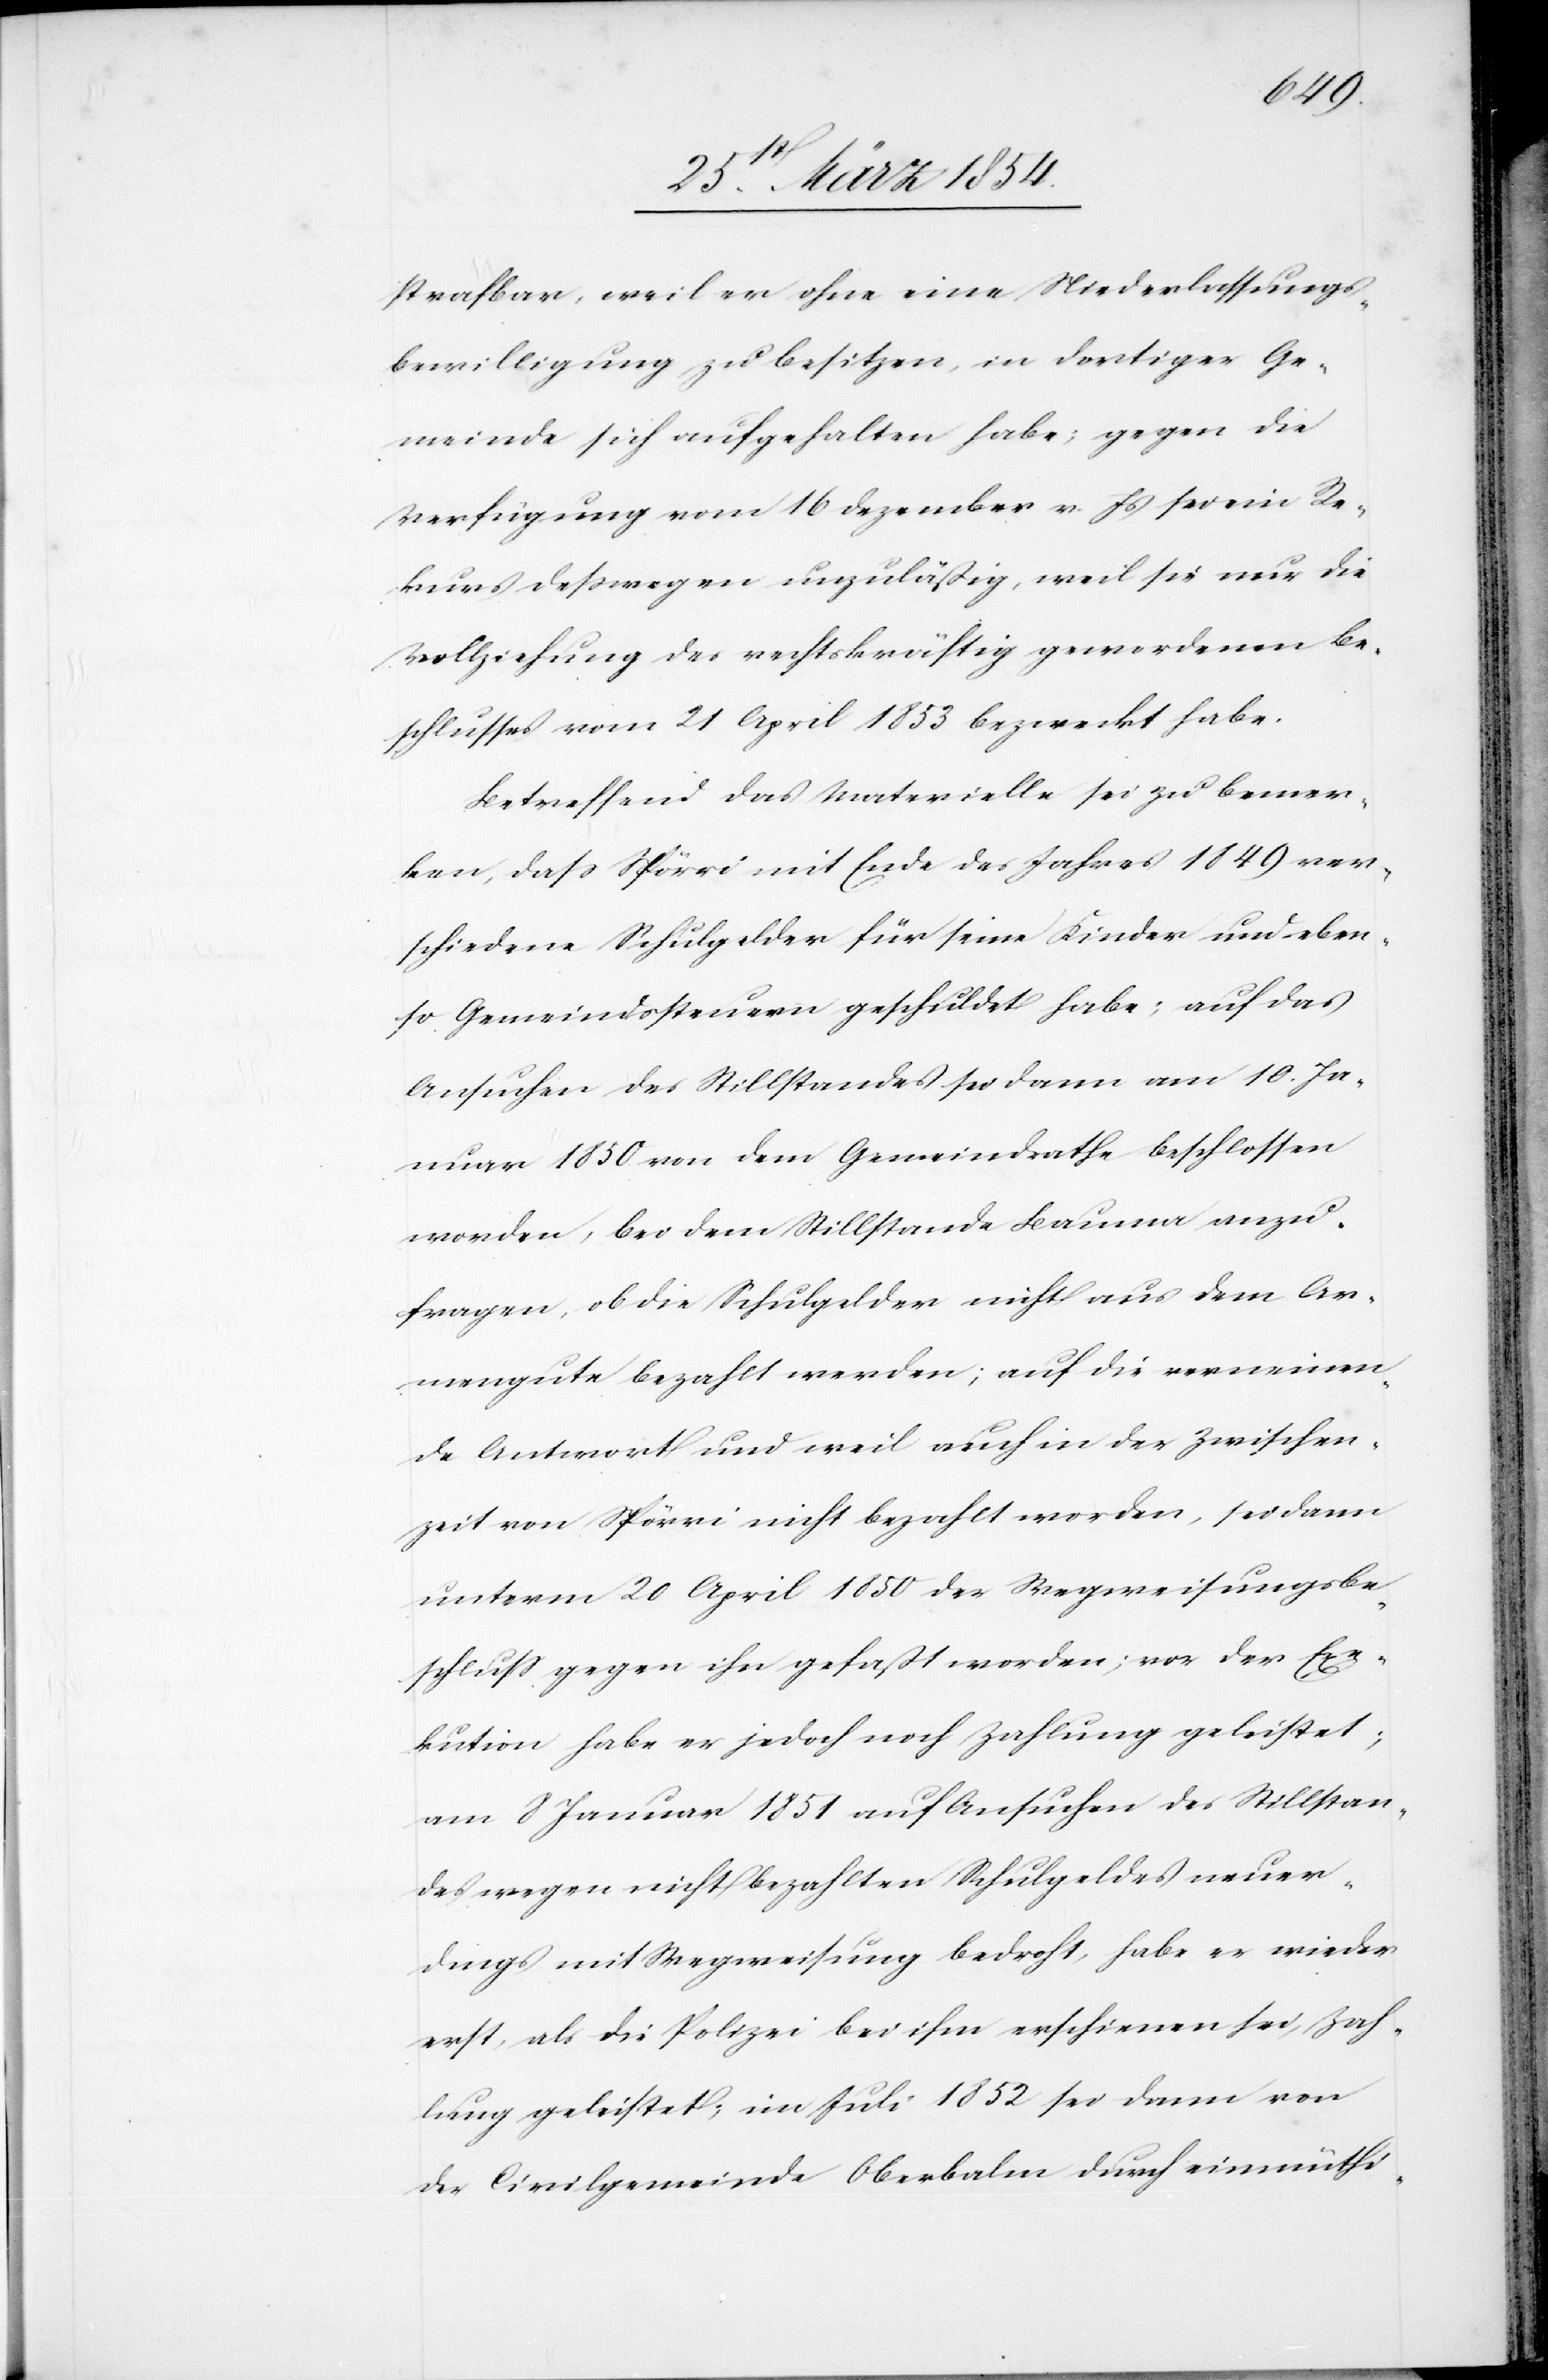
strafbar, weil er ohne eine Niederlassungs¬
bewilligung zu besitzen, in dortiger Ge¬
meinde sich aufgehalten habe; gegen die
Verfügung vom 16 Dezember v. Js sei ein Re¬
kurs deßwegen unzuläßig, weil sie nur die
Vollziehung des rechtskräftig gewordenen Be¬
schlusses vom 21 April 1853 bezweckt habe.
Betreffend das Materielle sei zu bemer¬
ken, daß Spörri mit Ende des Jahres 1849 ver¬
schiedene Schulgelder für seine Kinder und eben¬
so Gemeindssteuern geschuldet habe; auf das
Ansuchen des Stillstandes sei dann am 10. Ja¬
nuar 1850 von dem Gemeindrathe beschlossen
worden, bei dem Stillstande Bauma anzu¬
fragen, ob die Schulgelder nicht aus dem Ar¬
mengute bezahlt werden; auf die verneinen¬
de Antwort und weil auch in der Zwischen¬
zeit von Spörri nicht bezahlt worden, sei dann
unterm 20 April 1850 der Wegweisungsbe¬
schluß gegen ihn gefaßt worden; vor der Exe¬
kution habe er jedoch noch Zahlung geleistet;
am 8 Januar 1851 auf Ansuchen des Stillstan¬
des wegen nicht bezahlten Schulgeldes neuer¬
dings mit Wegweisung bedroht, habe er wieder
erst, als die Polizei bei ihm erschienen sei, Zah¬
lung geleistet; im Juli 1852 sei dann von
der Civilgemeinde Oberbalm durch einmüthi-